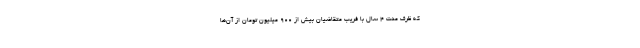
که ظرف مدت ۴ سال با فریب متقاضیان بیش از ۹۰۰ میلیون تومان از آن‌ها